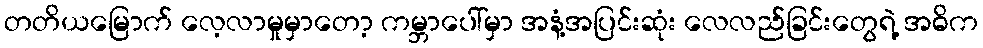
တတိယမြောက် လေ့လာမှုမှာတော့ ကမ္ဘာပေါ်မှာ အနံ့အပြင်းဆုံး လေလည်ခြင်းတွေရဲ့ အဓိက